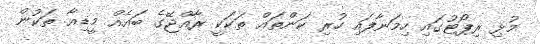
މުޅި ރިޕޯޓުގައި ހިމަނާފައި ހުރި ކަންތައް ތަކަކީ ރާއްޖޭގެ ބައެއް މީޑިއާ ތަކުން